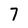
Character: 7